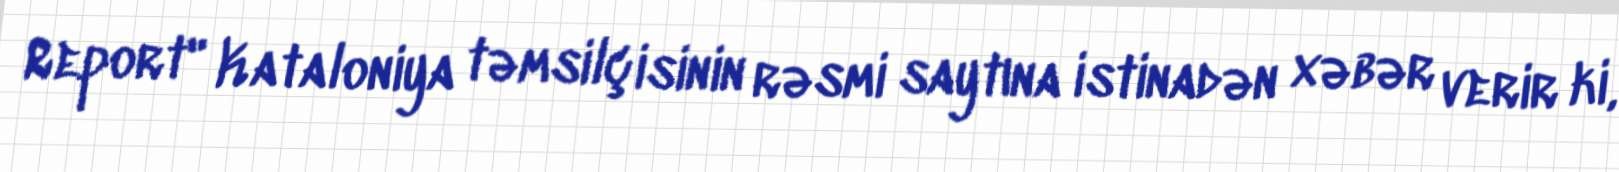
Report" Kataloniya təmsilçisinin rəsmi saytına istinadən xəbər verir ki,